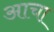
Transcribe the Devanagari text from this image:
आचा